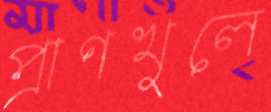
প্রাণখুলে